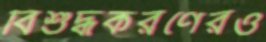
বিশুদ্ধকরণেরও